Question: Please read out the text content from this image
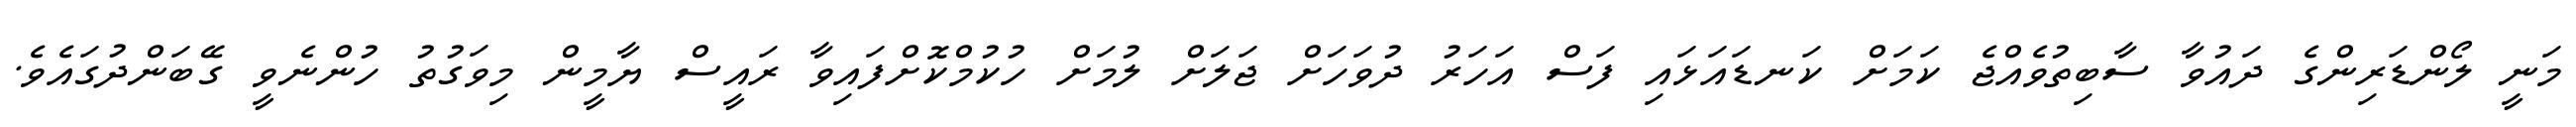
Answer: މަނީ ލޯންޑަރިންގެ ދައުވާ ސާބިތުވެއްޖެ ކަމަށް ކަނޑައަޅައި ފަސް އަހަރު ދުވަހަށް ޖަލަށް ލުމަށް ހުކުމްކޮށްފައިވާ ރައީސް ޔާމީން މިވަގުތު ހުންނެވީ ގޭބަންދުގައެވެ.